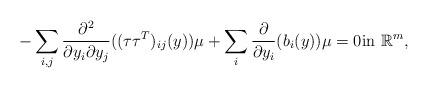
LaTeX: \begin{align*}-\sum_{i,j} \frac{\partial^2}{\partial y_i \partial y_j} ((\tau \tau^T )_{ij}(y) )\mu + \sum_i \frac{\partial}{\partial y_i}( b_i(y) )\mu=0 \mbox{in}\, \, \mathbb{R}^m, \end{align*}